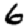
Digit: 6